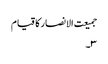
جمیعت الانصار کا قیام
۳۔